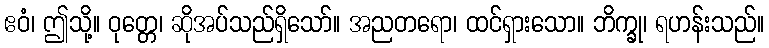
ဧဝံ၊ ဤသို့။ ဝုတ္တေ၊ ဆိုအပ်သည်ရှိသော်။ အညတရော၊ ထင်ရှားသော။ ဘိက္ခု၊ ရဟန်းသည်။